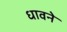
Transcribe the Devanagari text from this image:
धावने